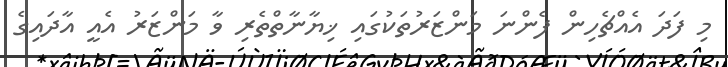
މި ފަދަ އެއްޗެހިން ފެންނަ މަންޒަރުތަކުގައި ޚިޔާނާތްތެރި ވާ މަންޒަރު އެއީ އާދައިގެ